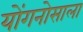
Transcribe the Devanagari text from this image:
योंगनोसाला